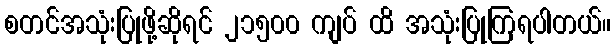
စတင်အသုံးပြုဖို့ဆိုရင် ၂၁၅၀၀ ကျပ် ထိ အသုံးပြုကြရပါတယ်။